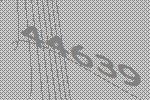
44639